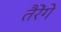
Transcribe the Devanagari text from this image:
तैरेंगे